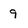
Character: 9